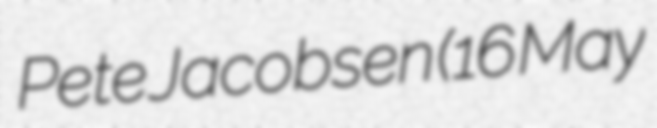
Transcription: Pete Jacobsen (16 May